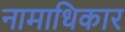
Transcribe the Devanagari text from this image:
नामाधिकार